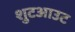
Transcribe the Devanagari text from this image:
शुटआउट